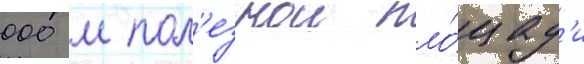
000 м пол'езнои пло́щад'и